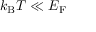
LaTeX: k _ { \mathrm { { B } } } T \ll E _ { \mathrm { F } }